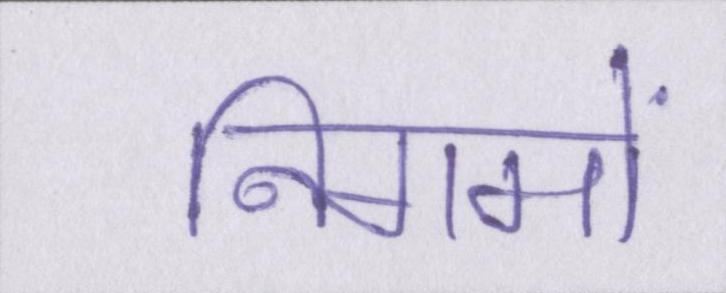
निगमों